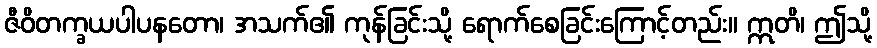
ဇီဝိတက္ခယပါပနတော၊ အသက်၏ ကုန်ခြင်းသို့ ရောက်စေခြင်းကြောင့်တည်း။ ဣတိ၊ ဤသို့